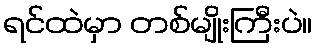
ရင်ထဲမှာ တစ်မျိုးကြီးပဲ။